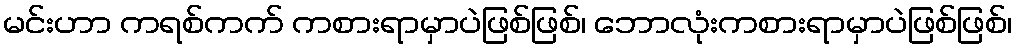
မင်းဟာ ကရစ်ကက် ကစားရာမှာပဲဖြစ်ဖြစ်၊ ဘောလုံးကစားရာမှာပဲဖြစ်ဖြစ်၊